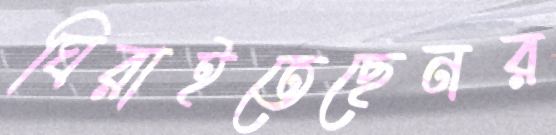
ঘিরাইতেছেনর